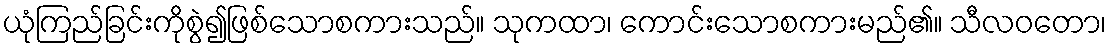
ယုံကြည်ခြင်းကိုစွဲ၍ဖြစ်သောစကားသည်။ သုကထာ၊ ကောင်းသောစကားမည်၏။ သီလဝတော၊